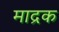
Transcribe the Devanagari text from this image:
माद्रक